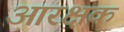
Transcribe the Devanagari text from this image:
आरक्षक